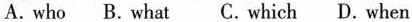
A. who B. What C.Which D.When